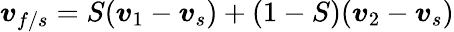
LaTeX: \boldsymbol{v}_{f/s}=S(\boldsymbol{v}_{1}-\boldsymbol{v}_{s})+(1-S)(\boldsymbol{v}_{2}-\boldsymbol{v}_{s})